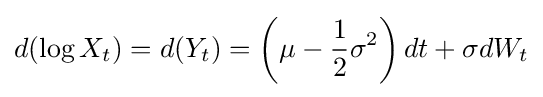
d(\log X_{t})=d(Y_{t})=\left(\mu -{\frac {1}{2}}\sigma ^{2}\right)dt+\sigma dW_{t}